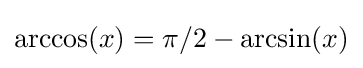
\arccos(x)=\pi /2-\arcsin(x)